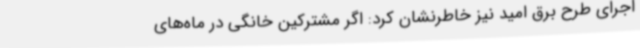
اجرای طرح برق امید نیز خاطرنشان کرد: اگر مشترکین خانگی در ماه‌های